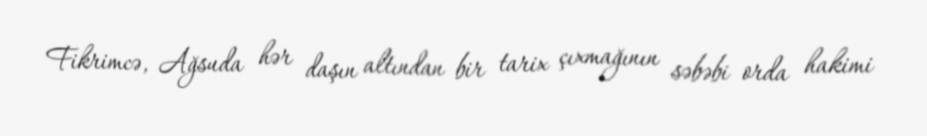
Fikrimcə, Ağsuda hər daşın altından bir tarix çıxmağının səbəbi orda hakimi